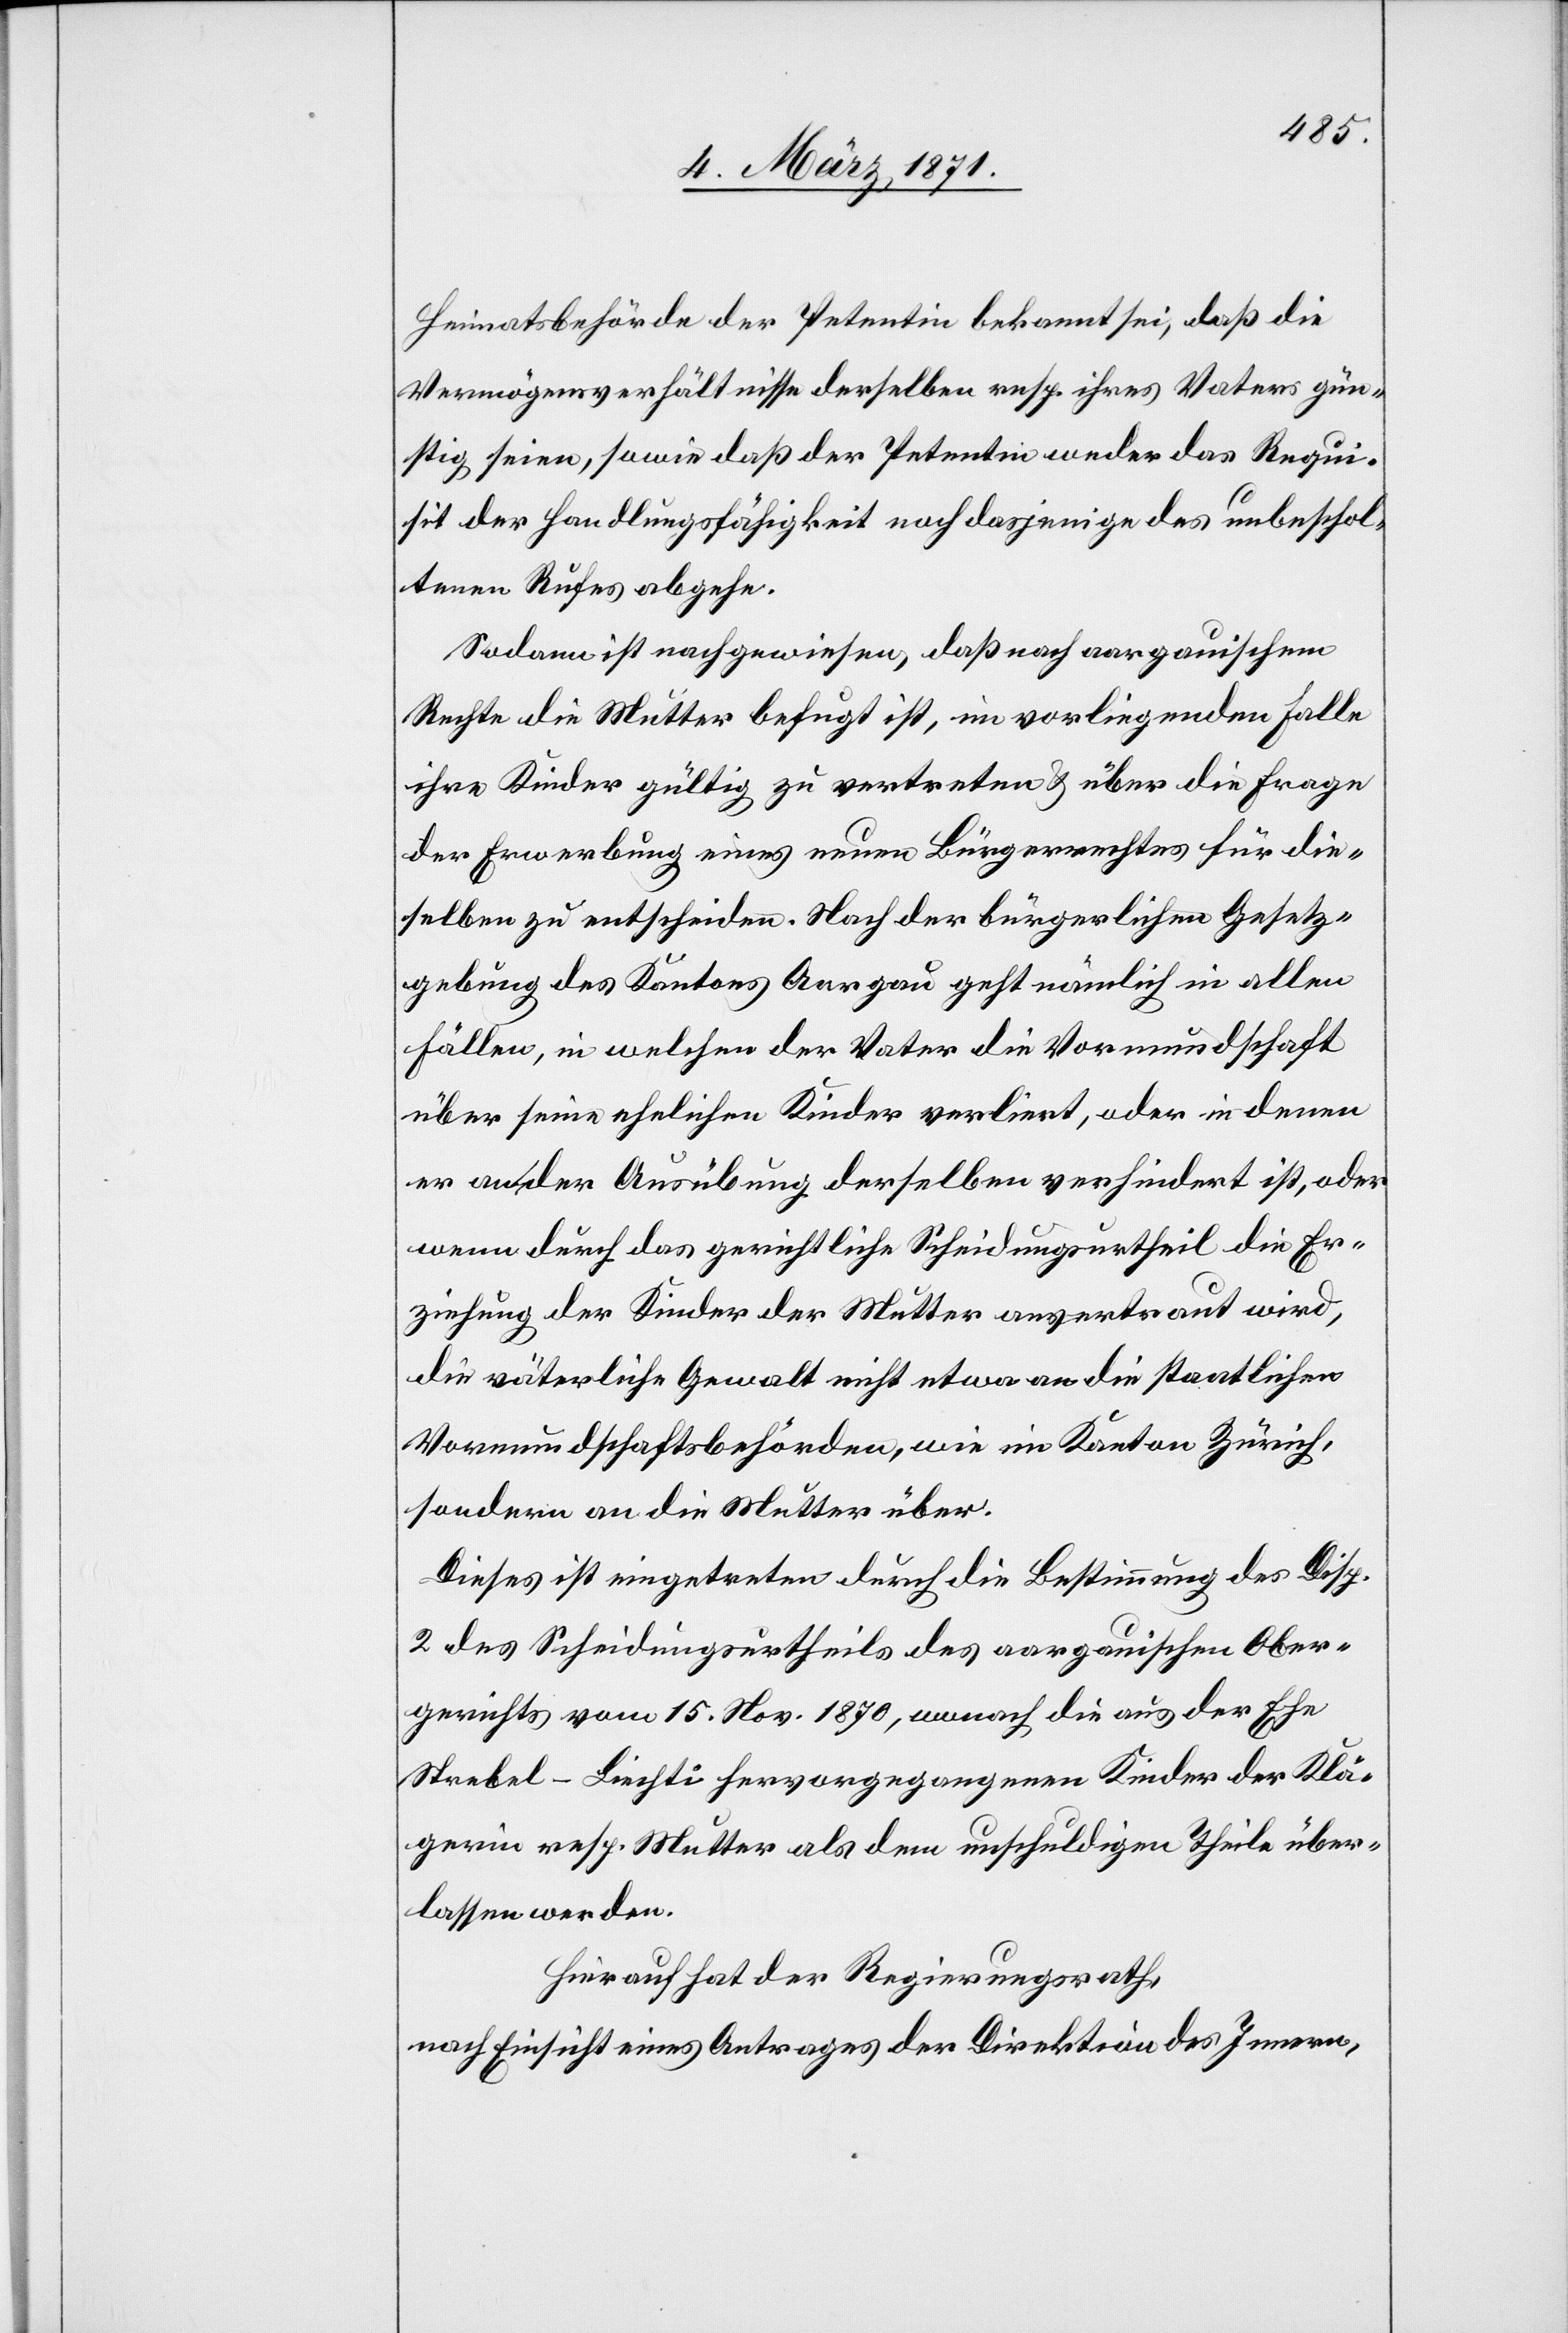
Heimatsbehörde der Petentin bekannt sei, daß die
Vermögensverhältnisse derselben resp. ihres Vaters gün¬
stig seien, sowie daß der Petentin weder das Requ¬
isit der Handlungsfähigkeit noch dasjenige des unbeschol¬
tenen Rufes abgehe.
Sodann ist nachgewiesen, daß nach aargauischem
Rechte die Mutter befugt ist, in vorliegendem Falle
ihre Kinder gültig zu vertreten u. über die Frage
der Erwerbung eines neuen Bürgerrechtes für die¬
selben zu entscheiden. Nach der bürgerlichen Gesetz¬
gebung des Kantons Aargau geht nämlich in allen
Fällen, in welchen der Vater die Vormundschaft
über seine ehelichen Kinder verliert, oder in denen
er an der Ausübung derselben verhindert ist, oder
wenn durch das gerichtliche Scheidungsurtheil die Er¬
ziehung der Kinder der Mutter anvertraut wird,
die väterliche Gewalt nicht etwa an die staatlichen
Vormundschaftsbehörden, wie im Kanton Zürich,
sondern an die Mutter über.
Dieses ist eingetreten durch die Bestimmung des Disp.
2 des Scheidungsurtheils des aargauischen Ober¬
gerichts vom 15. Nov. 1870, wonach die aus der Ehe
Strebel-Liechti hervorgegangenen Kinder der Klä¬
gerin resp. Mutter als dem unschuldigen Theile über¬
lassen werden.
Hierauf hat der Regierungsrath,
nach Einsicht eines Antrages der Direktion des Innern,